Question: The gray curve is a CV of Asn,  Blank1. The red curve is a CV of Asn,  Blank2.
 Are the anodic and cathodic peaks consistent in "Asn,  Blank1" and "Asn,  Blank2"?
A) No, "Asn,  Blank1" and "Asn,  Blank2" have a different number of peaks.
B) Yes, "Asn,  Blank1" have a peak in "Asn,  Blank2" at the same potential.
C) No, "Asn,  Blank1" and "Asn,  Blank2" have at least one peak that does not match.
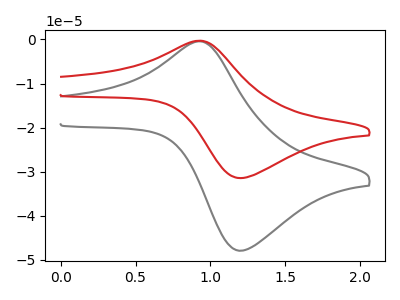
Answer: <think>The gray curve "Asn,  Blank1" has an anodic peak at (0.90V, -0.45uA) and a cathodic peak at (1.20V, -47.90uA). The red curve "Asn,  Blank2" has an anodic peak at (0.90V, -0.30uA) and a cathodic peak at (1.20V, -31.40uA).</think>
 <answer>B) Yes, "Asn,  Blank1" have a peak in "Asn,  Blank2" at the same potential.</answer>
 <eval>B</eval>